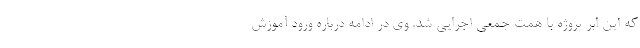
که این ابر پروژه با همت جمعی اجرایی شد. وی در ادامه درباره ورود آموزش